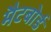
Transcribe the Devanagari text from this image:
मैटबोर्ड